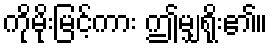
ကိုမိုးမြင့်ကား ဤမျှရိုး၏။